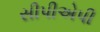
સીપીએપી